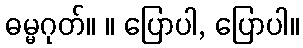
ဓမ္မဂုတ်။ ။ ပြောပါ, ပြောပါ။